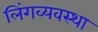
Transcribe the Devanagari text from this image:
लिंगव्यवस्था